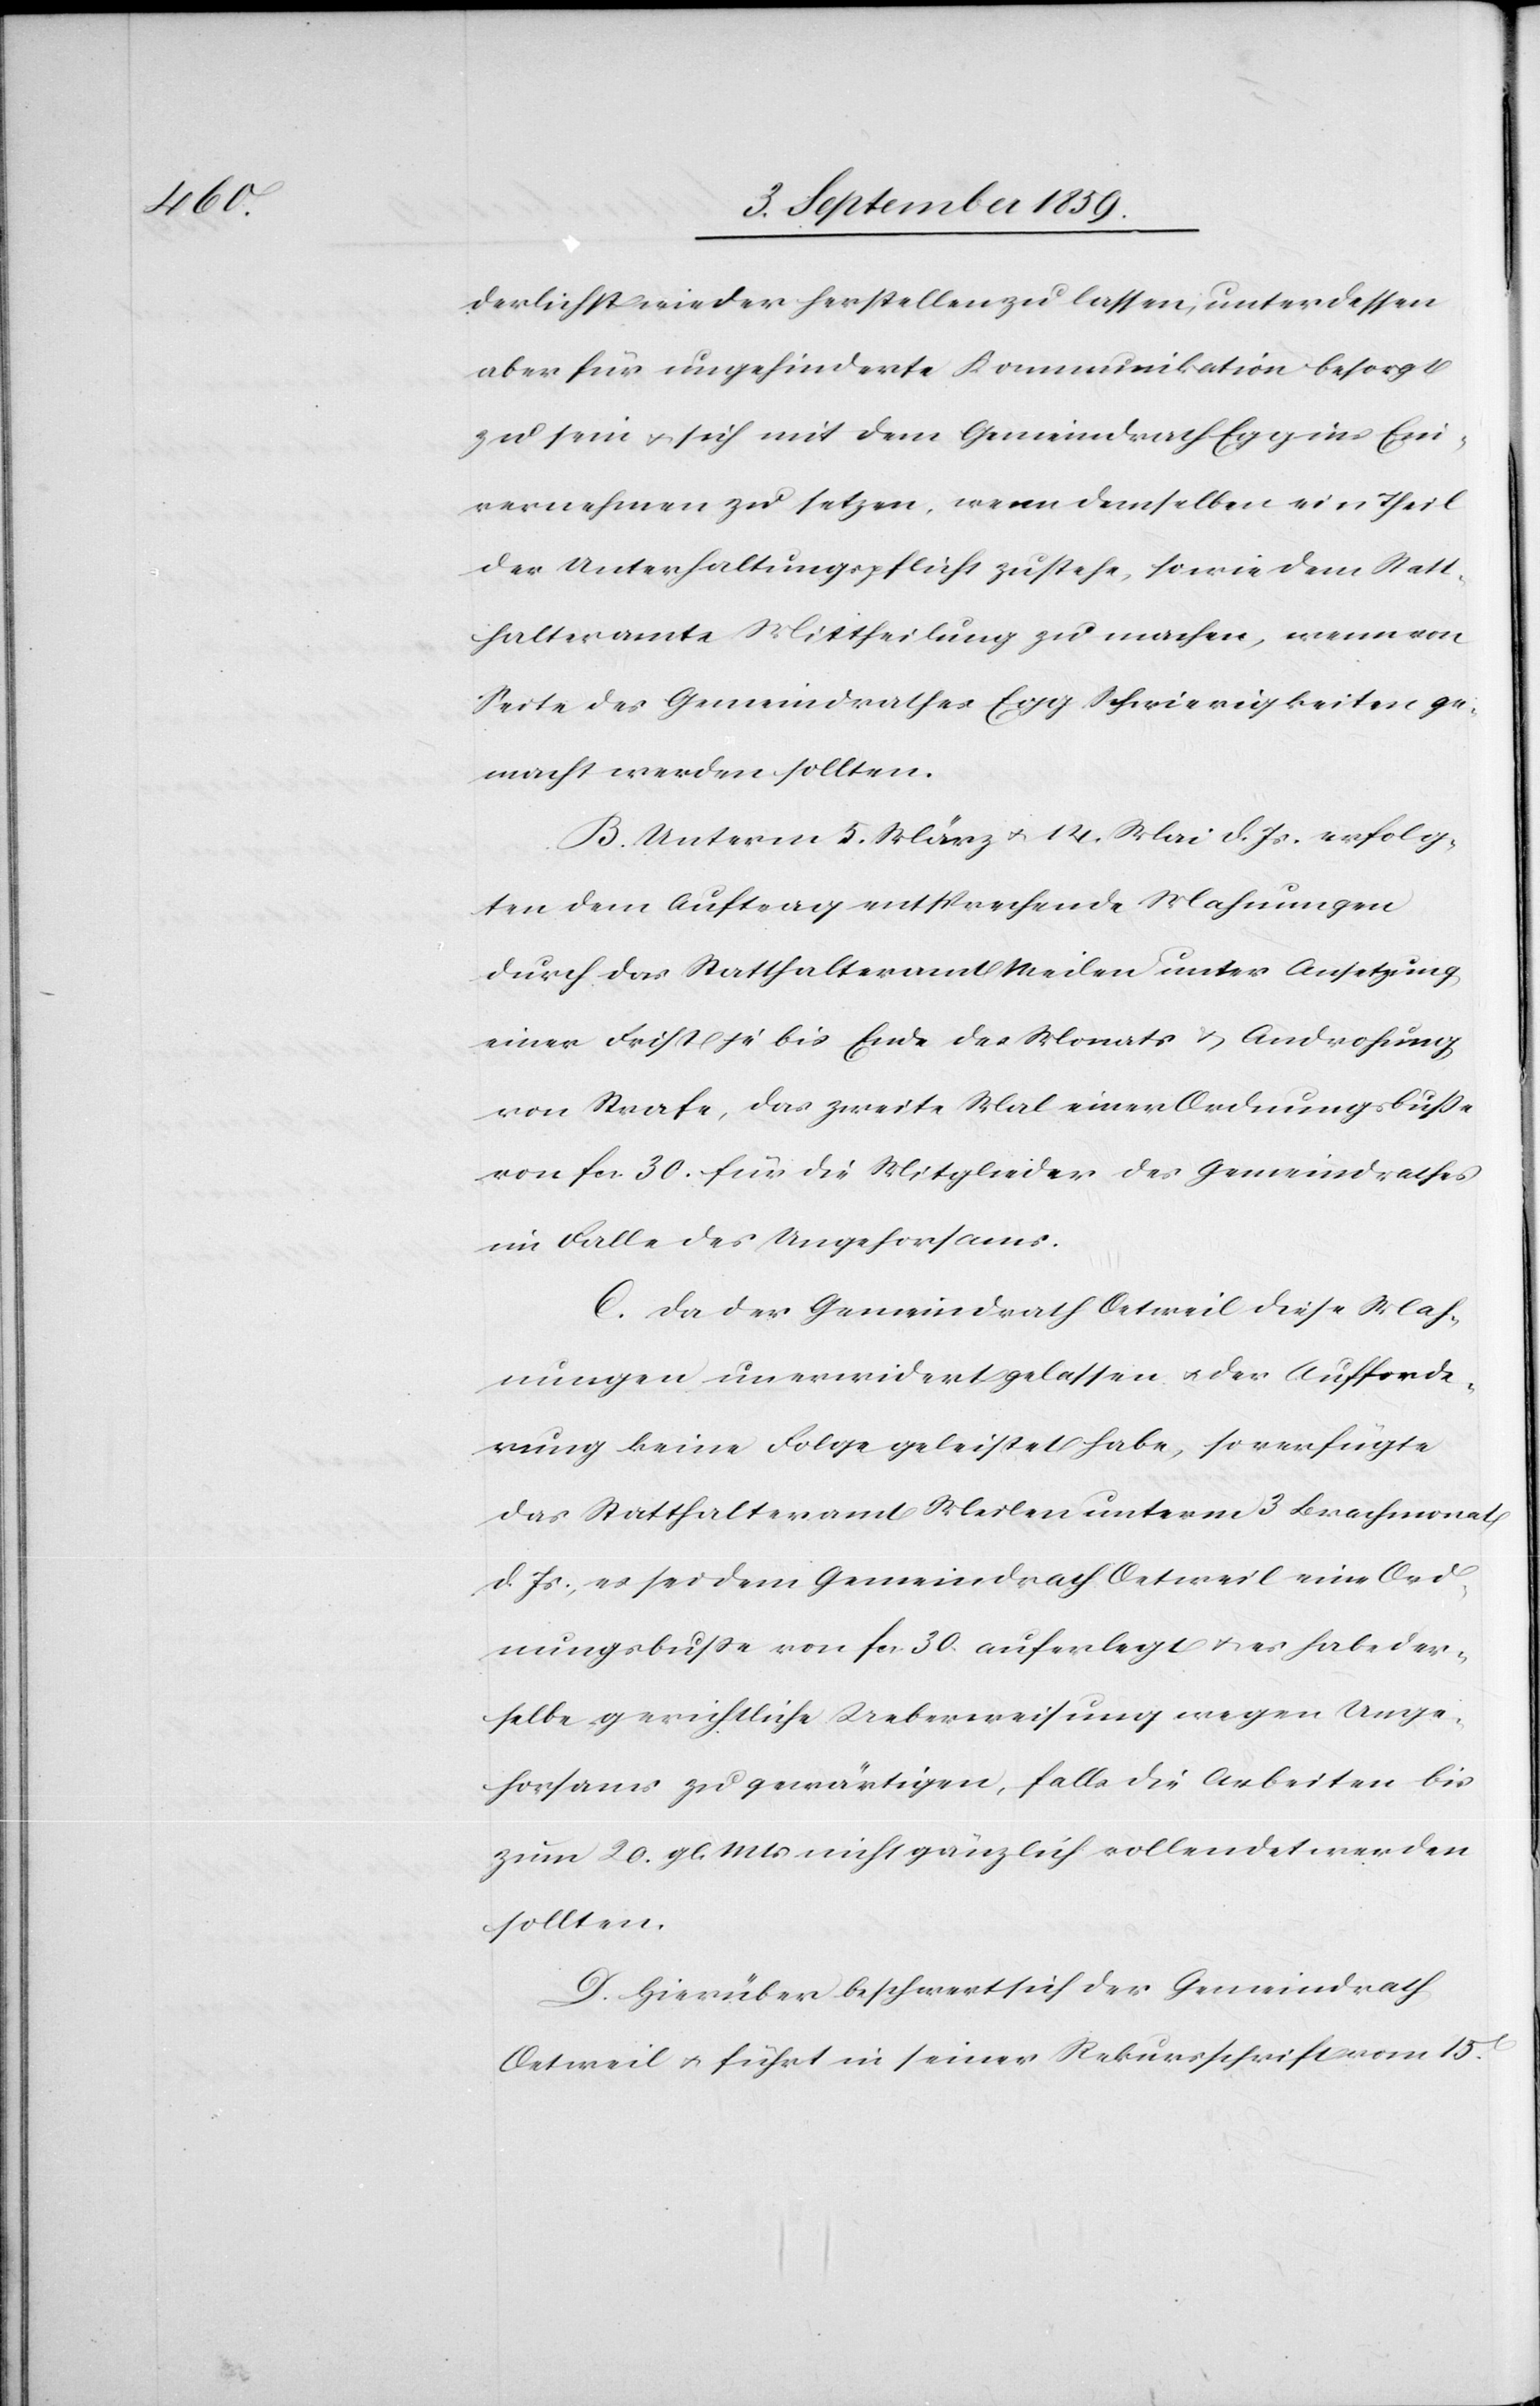
derlichst wieder herstellen zu lassen, unterdessen
aber für ungehinderte Kommunikation besorgt
zu sein & sich mit dem Gemeindrath Egg ins Ein¬
vernehmen zu setzen, wenn demselben ein Theil
der Unterhaltungspflicht zustehe, sowie dem Statt¬
halteramte Mittheilung zu machen, wenn von
Seite des Gemeindrathes Egg Schwierigkeiten ge¬
macht werden sollten.
B. Unterm 5. März & 14. Mai d. Js. erfolg¬
ten dem Auftrag entsprechende Mahnungen
durch das Statthalteramt Meilen unter Ansetzung
einer Frist je bis Ende des Monats & Androhung
von Strafe, das zweite Mal einer Ordnungsbuße
von fcs. 30. für die Mitglieder des Gemeindrathes
im Falle des Ungehorsams.
C. Da der Gemeindrath Oetweil diese Mah¬
nungen unerwidert gelassen & der Aufforde¬
rung keine Folge geleistet habe, so verfügte
das Statthalteramt Meilen unterm 3 Brachmonat
d. Js., es sei dem Gemeindrath Oetweil eine Ord¬
nungsbuße von fcs. 30. auferlegt & es habe der¬
selbe gerichtliche Ueberweisung wegen Unge¬
horsams zu gewärtigen, falls die Arbeiten bis
zum 20. gl. Mts. nicht gänzlich vollendet werden
sollten.
D. Hierüber beschwert sich Gemeindrath
Oetweil & führt in seiner Rekursschrift vom 15t.